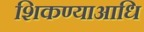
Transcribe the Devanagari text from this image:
शिकण्याआधि